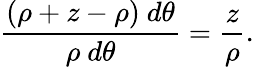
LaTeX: {\frac{\left(\rho+z-\rho\right)\ d\theta}{\rho\ d\theta}}={\frac{z}{\rho}}.